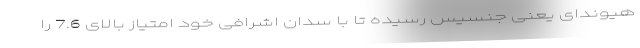
هیوندای یعنی جنسیس رسیده تا با سدان اشرافی خود امتیاز بالای 7.6 را